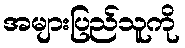
အများပြည်သူကို